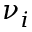
\nu _ { i }